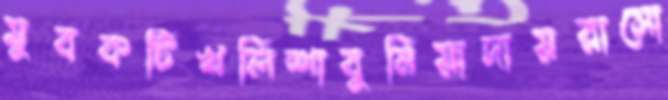
যুবকটিখলিশাবুনিয়াদায়রাসো